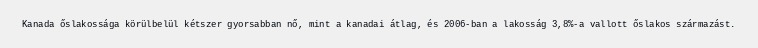
Kanada őslakossága körülbelül kétszer gyorsabban nő, mint a kanadai átlag, és 2006-ban a lakosság 3,8%-a vallott őslakos származást.